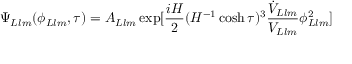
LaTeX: \Psi _ { L l m } ( \phi _ { L l m } , \tau ) = A _ { L l m } \exp [ \frac { i H } { 2 } ( H ^ { - 1 } \cosh \tau ) ^ { 3 } \frac { \dot { V } _ { L l m } } { V _ { L l m } } \phi _ { L l m } ^ { 2 } ]